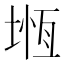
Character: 堩